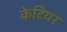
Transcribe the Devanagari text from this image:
केटियर